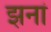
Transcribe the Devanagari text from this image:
झनां